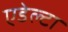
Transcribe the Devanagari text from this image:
एडेल्टा